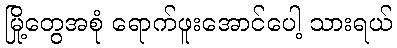
မြို့တွေအစုံ ရောက်ဖူးအောင်ပေါ့ သားရယ်